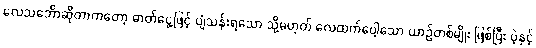
လေသင်္ဘောဆိုတာကတော့ ဓာတ်ငွေ့ဖြင့် ပျံသန်းရသော သို့မဟုတ် လေထက်ပေါ့သော ယာဉ်တစ်မျိုး ဖြစ်ပြီး ပဲ့နှင့်